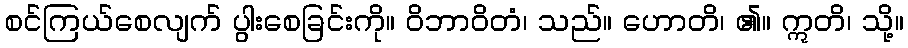
စင်ကြယ်စေလျက် ပွါးစေခြင်းကို။ ဝိဘာဝိတံ၊ သည်။ ဟောတိ၊ ၏။ ဣတိ၊ သို့။